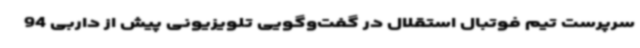
سرپرست تیم فوتبال استقلال در گفت‌وگویی تلویزیونی پیش از داربی 94